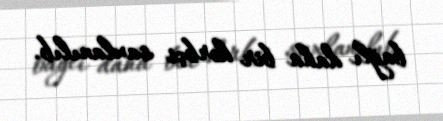
bağlı daha bir hərbçi saxlanılıb.